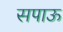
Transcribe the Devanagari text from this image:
सपाऊ